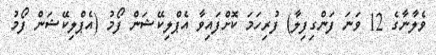
ވެލާނާގެ 12 ވަނަ ފަންގިފިލާ) ފުރިހަމަ ކޮށްފައިވާ އެޕްލިކޭޝަން ފޯމު (އެޕްލިކޭޝަން ފޯމު